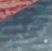
البعيد